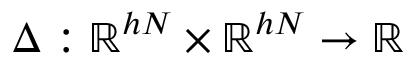
\Delta : \mathbb { R } ^ { h N } \times \mathbb { R } ^ { h N } \to \mathbb { R }